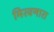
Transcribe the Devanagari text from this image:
मिरवणारा